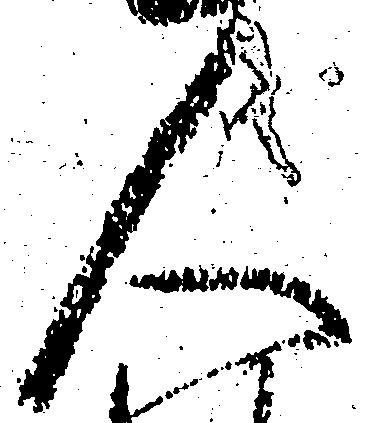
人